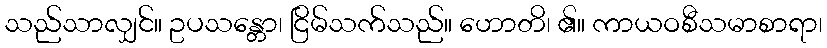
သည်သာလျှင်။ ဥပသန္တော၊ ငြိမ်သက်သည်။ ဟောတိ၊ ၏။ ကာယဝစီသမာစာရာ၊